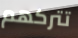
تتركهم